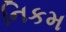
નિકમ